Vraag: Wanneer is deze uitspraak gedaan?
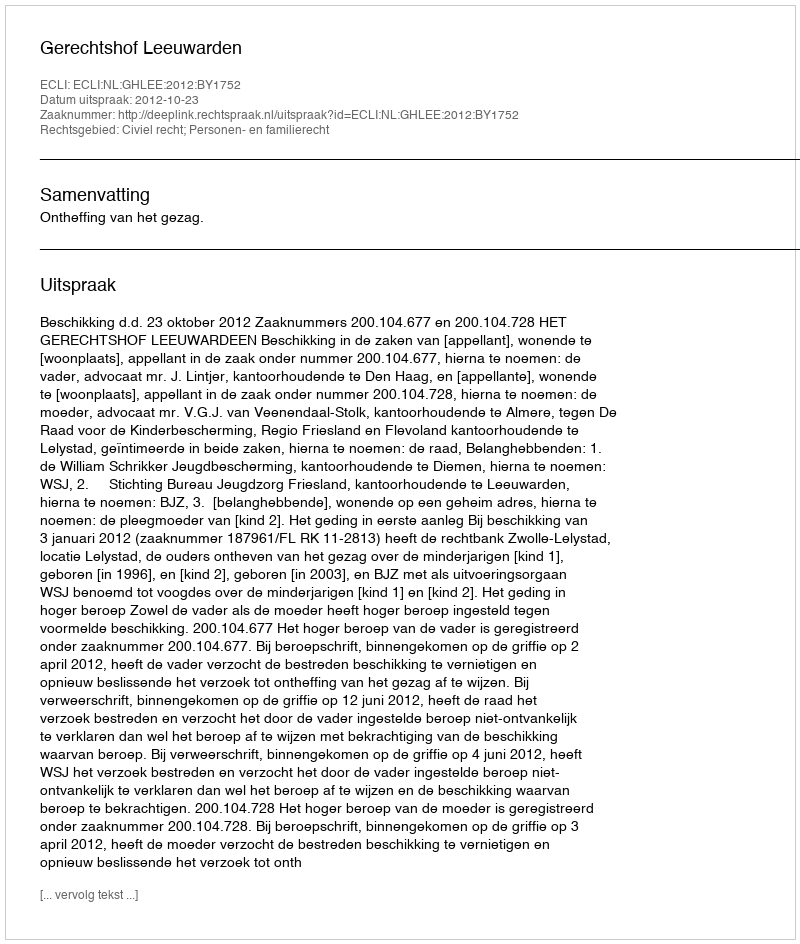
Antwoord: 2012-10-23